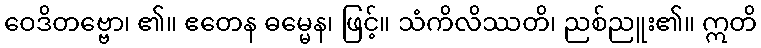
ဝေဒိတဗ္ဗော၊ ၏။ ဧတေန ဓမ္မေန၊ ဖြင့်။ သံကိလိဿတိ၊ ညစ်ညူး၏။ ဣတိ